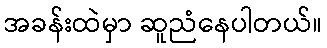
အခန်းထဲမှာ ဆူညံနေပါတယ်။